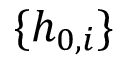
\{ h _ { 0 , i } \}